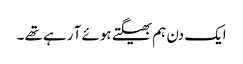
ایک دن ہم بھیگتے ہوئے آ رہے تھے ۔